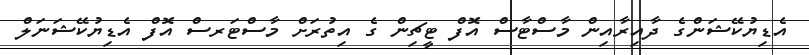
އެޑިޔުކޭޝަންގެ ދާއިރާއިން މާސްޓާސް އޮފް ޓީޗިން ގެ އިތުރަށް މާސްޓަރސް އޮފް އެޑިޔުކޭޝަނަލް